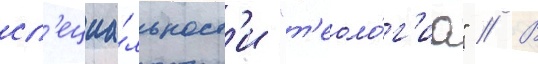
сп'ециа́льност'и "т'еоло́г'иа" // В